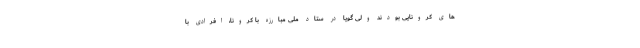
های کرونایی بودند ولی گویا در ستاد ملی مبارزه با کرونا، افرادی با